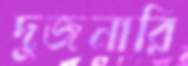
দুজনারি